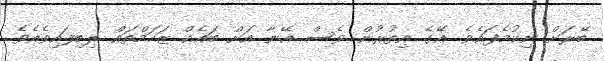
ބޭރަށް ނިކުމެފައެވެ. އޭގެ އިތުރުން ވެސް އޭނާ އަށް ބައެއް ޒަހަމްތައް ލިބިފައިވެއެވެ.